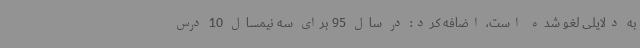
به دلایلی لغو شده است، اضافه کرد: در سال 95 برای سه نیمسال 10 درس